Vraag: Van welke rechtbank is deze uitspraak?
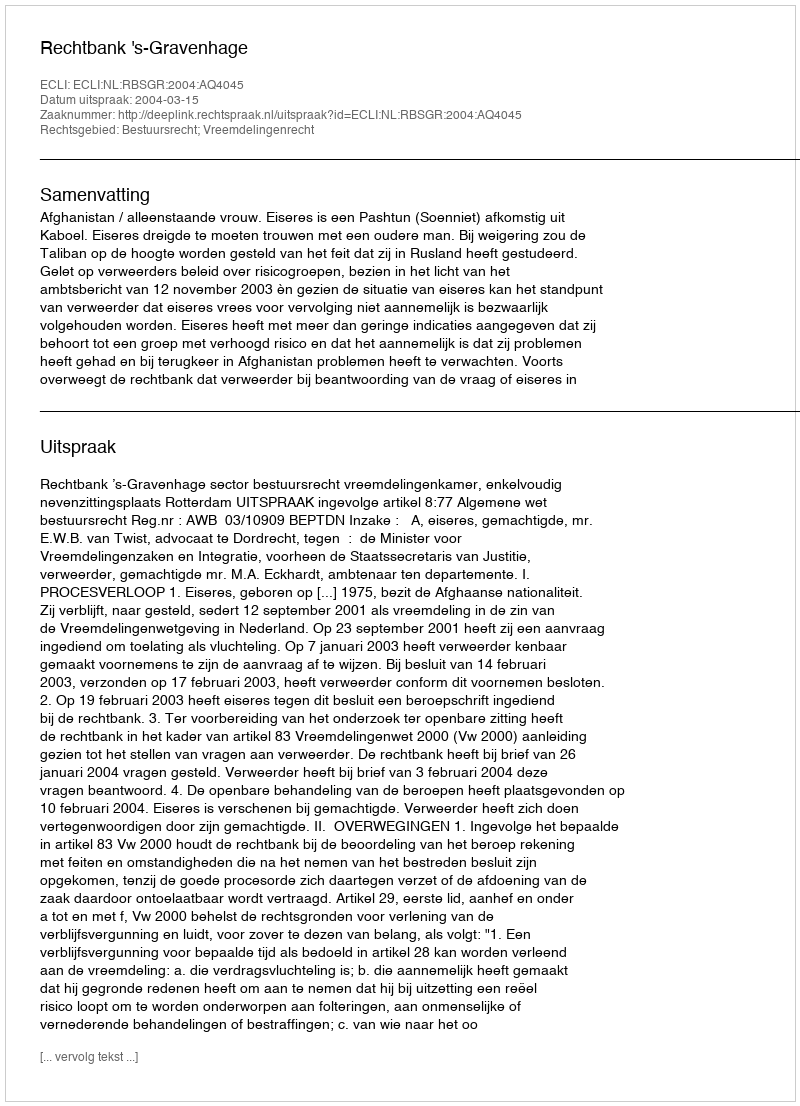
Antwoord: Rechtbank 's-Gravenhage